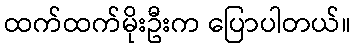
ထက်ထက်မိုးဦးက ပြောပါတယ်။